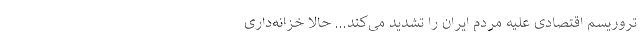
تروریسم اقتصادی علیه مردم ایران را تشدید می‌کند... حالا خزانه‌داری